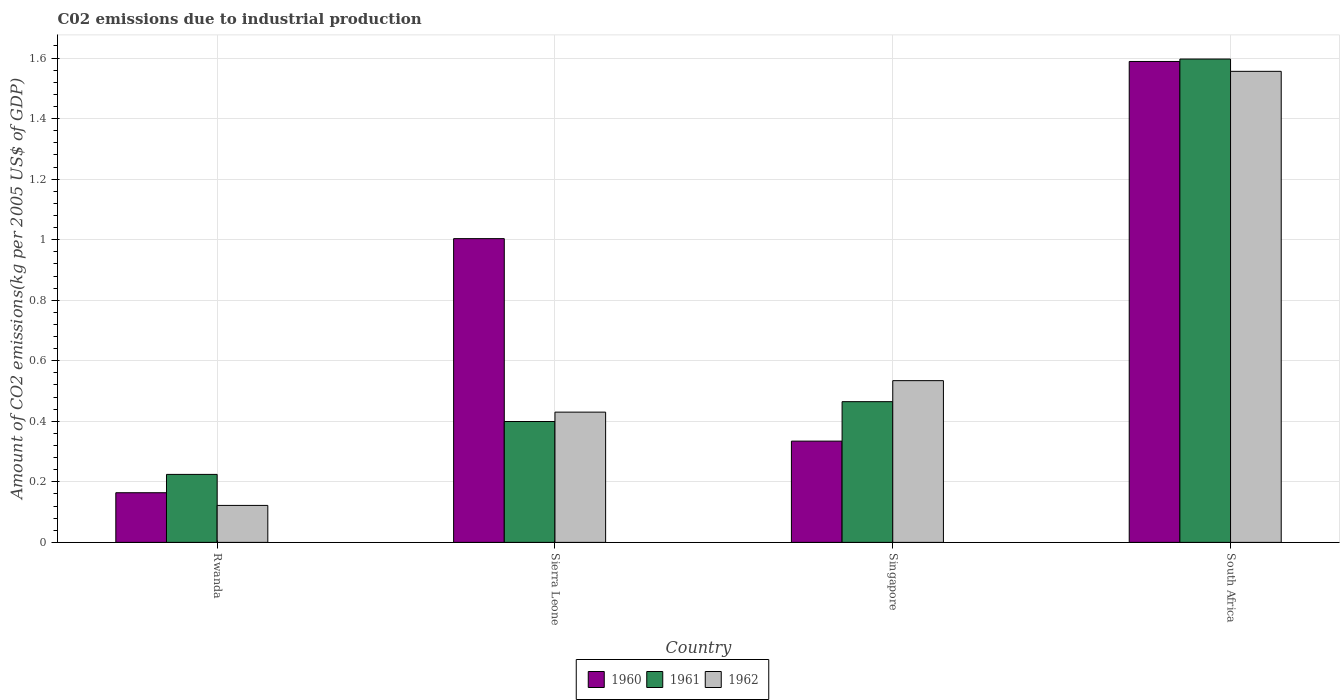
| Country | 1960 | 1961 | 1962 |
 | --- | --- | --- | --- |
 | Rwanda | 0.164 | 0.225 | 0.122 |
 | Sierra Leone | 1 | 0.399 | 0.43 |
 | Singapore | 0.335 | 0.465 | 0.534 |
 | South Africa | 1.59 | 1.6 | 1.56 |